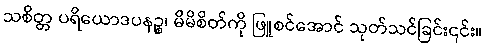
သစိတ္တ ပရိယောဒပနဉ္စ၊ မိမိစိတ်ကို ဖြူစင်အောင် သုတ်သင်ခြင်း၎င်း။